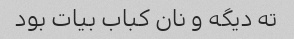
ته دیگه و نان کباب بیات بود